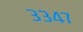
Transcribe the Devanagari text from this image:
३३४७